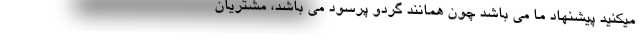
میکنید پیشنهاد ما می باشد چون همانند گردو پرسود می باشد، مشتریان